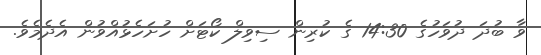
ވާ ބުދަ ދުވަހުގެ 14:30 ގެ ކުރިން ސިވިލް ކޯޓަށް ހުށަހެޅުއްވުން އެދެމެވެ.